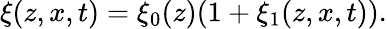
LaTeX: \xi(z,x,t)=\xi_{0}(z)(1+\xi_{1}(z,x,t)).